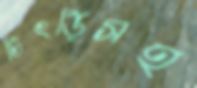
চিৎড়িসহ